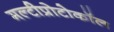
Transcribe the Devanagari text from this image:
मल्टीप्रोटोकॉल